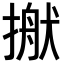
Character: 𢲎